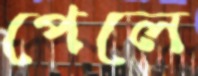
পেলে